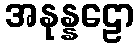
အနုန္နဠော